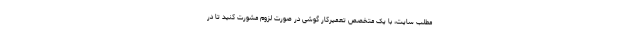
مطلب سایت، با یک متخصص تعمیرکار گوشی در صورت لزوم مشورت کنید تا در